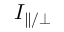
I _ { \parallel / \perp }